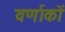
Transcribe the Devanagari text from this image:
वर्णाकों